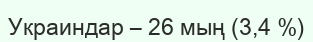
Украиндар – 26 мың (3,4 %)